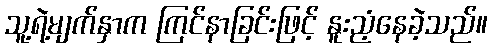
သူ့ရဲ့မျက်နှာက ကြင်နာခြင်းဖြင့် နူးညံ့နေခဲ့သည်။